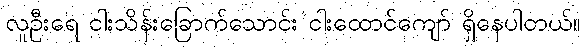
လူဦးရေ ငါးသိန်းခြောက်သောင်း ငါးထောင်ကျော် ရှိနေပါတယ်။